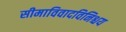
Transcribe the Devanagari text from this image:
सीमाविवादविनिश्चय